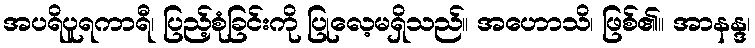
အပရိပူရကာရီ၊ ပြည့်စုံခြင်းကို ပြုလေ့မရှိသည်။ အဟောသိ၊ ဖြစ်၏။ အာနန္ဒ၊